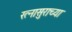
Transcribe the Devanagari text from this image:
रत्नासुराच्या